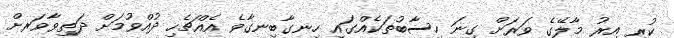
ކުރި އިރު މާލޭގެ ވަރަށް ގިނަ ހިސާބުތަކެއްގައި ހިނގާބިނގާވެ އެއްޗެހި ދުއްވުމަށް ދަތިވާވަރށް